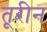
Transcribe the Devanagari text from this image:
तूरीन